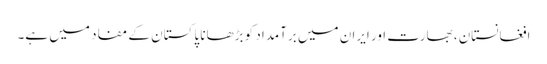
افغانستان، بھارت اور ایران میں برآمداد کو بڑھانا پاکستان کے مفاد میں ہے۔